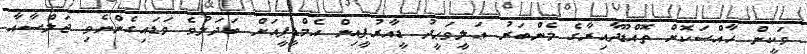
ވަކީން ޚާއްޞަކޮށް ތޮއްޑޫދާއިރާގެ މެންބަރު ޢަލީވަޙީދު ޑީއާރުޕީއިން އެމްޑީޕީއަށް ބަދަލުވެ ވަޑައިގެންނެވި ޖަލްސާއާ